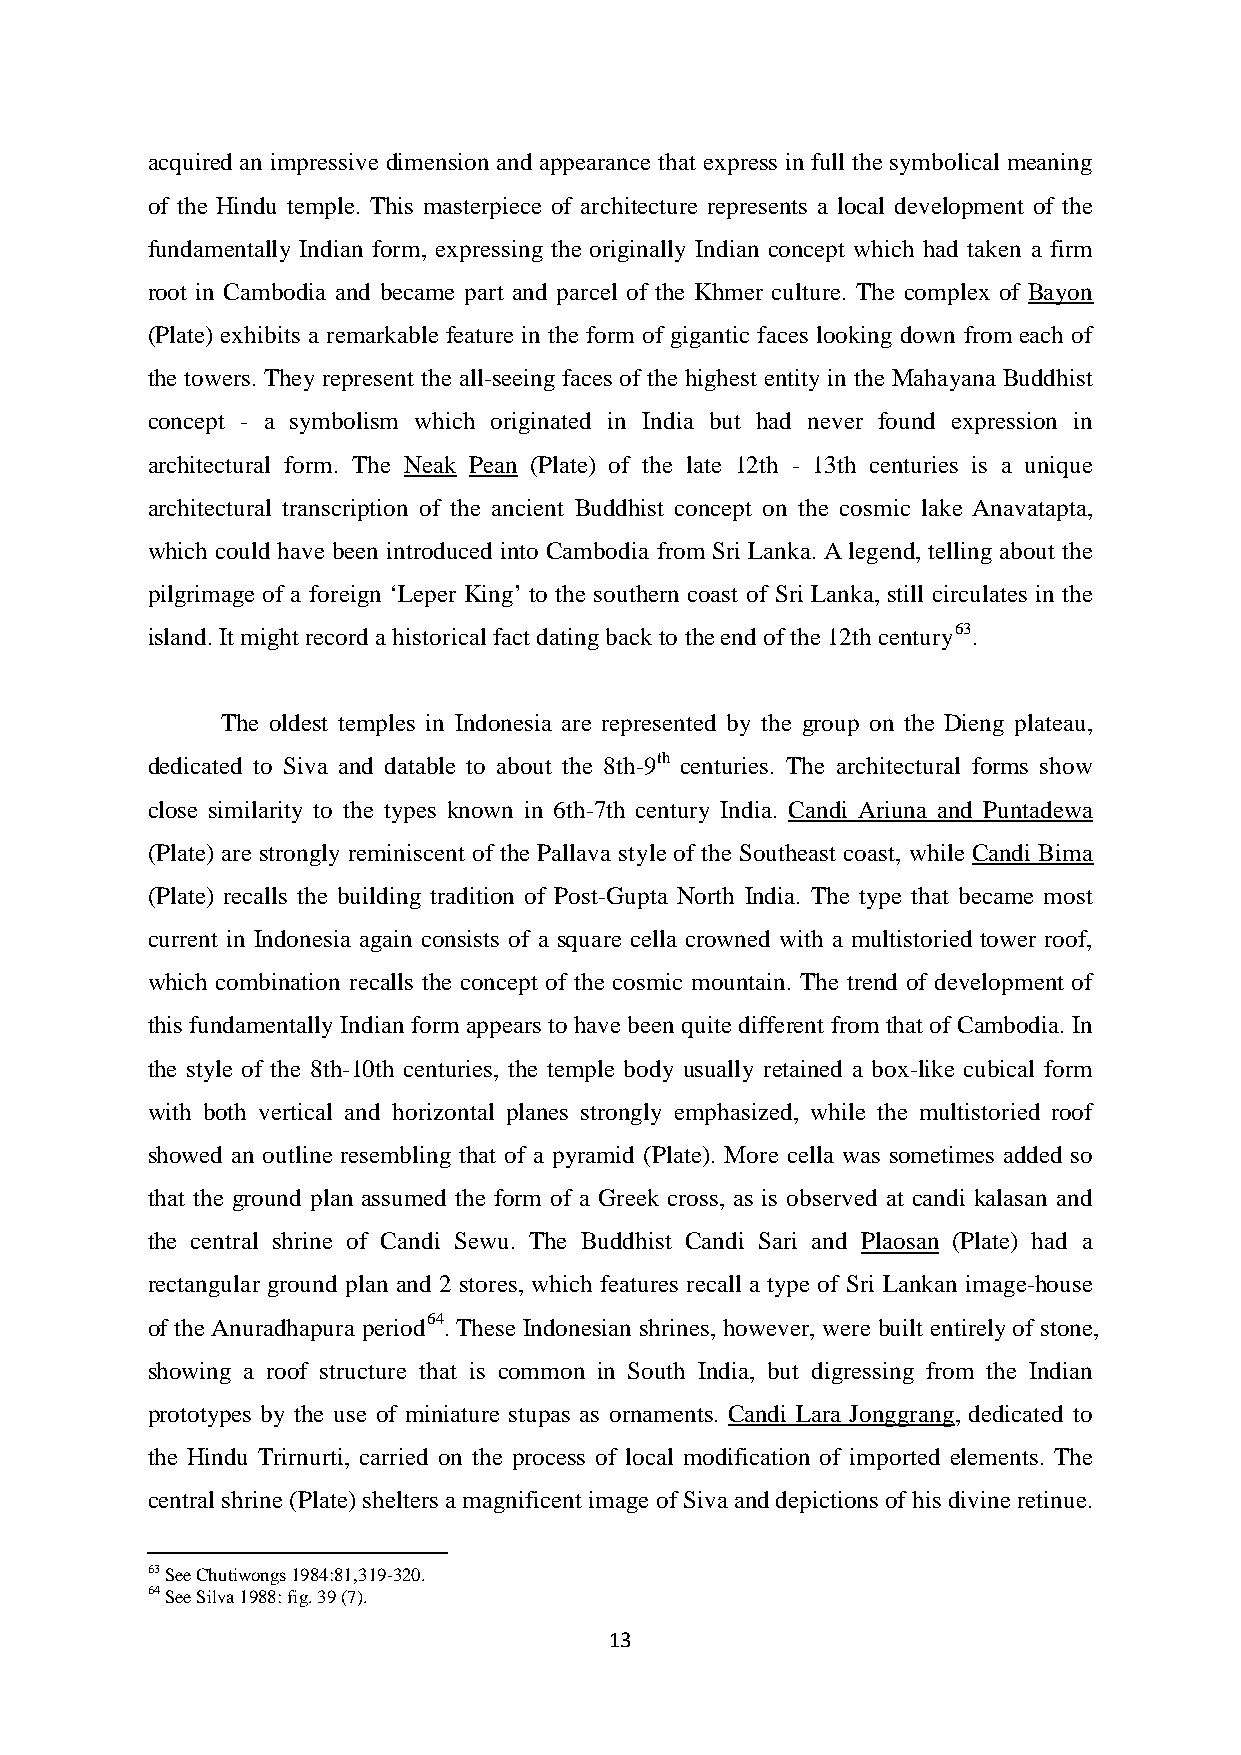
acquired an impressive dimension and appearance that express in full the symbolical meaning
 of the Hindu temple. This masterpiece of architecture represents a local development of the
 fundamentally Indian form, expressing the originally Indian concept which had taken a firm
 root in Cambodia and became part and parcel of the Khmer culture. The complex of Bayon
 (Plate) exhibits a remarkable feature in the form of gigantic faces looking down from each of
 the towers. They represent the all-seeing faces of the highest entity in the Mahayana Buddhist
 concept - a symbolism which originated in India but had never found expression in
 architectural form. The Neak Pean (Plate) of the late 12th - 13th centuries is a unique
 architectural transcription of the ancient Buddhist concept on the cosmic lake Anavatapta,
 which could have been introduced into Cambodia from Sri Lanka. A legend, telling about the
 pilgrimage of a foreign ‘Leper King’ to the southern coast of Sri Lanka, still circulates in the
 island. It might record a historical fact dating back to the end of the 12th century63.
 The oldest temples in Indonesia are represented by the group on the Dieng plateau,
 dedicated to Siva and datable to about the 8th-9th centuries. The architectural forms show
 close similarity to the types known in 6th-7th century India. Candi Ariuna and Puntadewa
 (Plate) are strongly reminiscent of the Pallava style of the Southeast coast, while Candi Bima
 (Plate) recalls the building tradition of Post-Gupta North India. The type that became most
 current in Indonesia again consists of a square cella crowned with a multistoried tower roof,
 which combination recalls the concept of the cosmic mountain. The trend of development of
 this fundamentally Indian form appears to have been quite different from that of Cambodia. In
 the style of the 8th-10th centuries, the temple body usually retained a box-like cubical form
 with both vertical and horizontal planes strongly emphasized, while the multistoried roof
 showed an outline resembling that of a pyramid (Plate). More cella was sometimes added so
 that the ground plan assumed the form of a Greek cross, as is observed at candi kalasan and
 the central shrine of Candi Sewu. The Buddhist Candi Sari and Plaosan (Plate) had a
 rectangular ground plan and 2 stores, which features recall a type of Sri Lankan image-house
 of the Anuradhapura period64. These Indonesian shrines, however, were built entirely of stone,
 showing a roof structure that is common in South India, but digressing from the Indian
 prototypes by the use of miniature stupas as ornaments. Candi Lara Jonggrang, dedicated to
 the Hindu Trirnurti, carried on the process of local modification of imported elements. The
 central shrine (Plate) shelters a magnificent image of Siva and depictions of his divine retinue.
 63 See Chutiwongs 1984:81,319-320.
 64 See Silva 1988: fig. 39 (7).
 13